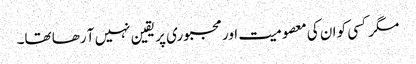
مگر کسی کو ان کی معصومیت اور مجبوری پر یقین نہیں آ رھا تھا۔